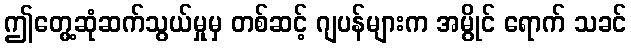
ဤတွေ့ဆုံဆက်သွယ်မှုမှ တစ်ဆင့် ဂျပန်များက အမွိုင် ရောက် သခင်